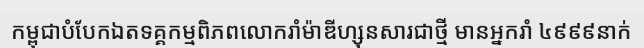
កម្ពុជាបំបែកឯតទគ្គកម្មពិភពលោករាំម៉ាឌីហ្សុនសារជាថ្មី មានអ្នករាំ ៤៩៩៩នាក់